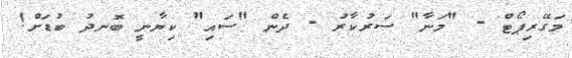
މަގޭރިޕޯޓް - "މަނާ" ސަރުކާރު - ދެން "ސައި" ކިޔާނީ ބޮނދު ބުޑަށް!